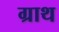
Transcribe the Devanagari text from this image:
ग्राथ